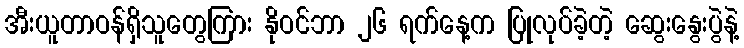
အီးယူတာဝန်ရှိသူတွေကြား နိုဝင်ဘာ ၂၆ ရက်နေ့က ပြုလုပ်ခဲ့တဲ့ ဆွေးနွေးပွဲနဲ့